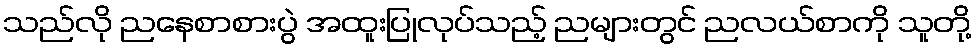
သည်လို ညနေစာစားပွဲ အထူးပြုလုပ်သည့် ညများတွင် ညလယ်စာကို သူတို့